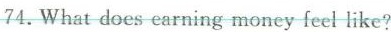
74.What does earning money feel like?